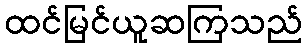
ထင်မြင်ယူဆကြသည်